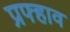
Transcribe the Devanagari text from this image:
प्रफ्हाव